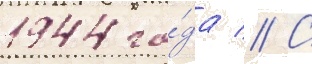
1944 го́да // С